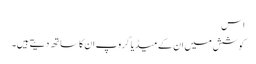
اس
کوشش میں ان کے میڈیا گروپ ان کا ساتھ دیتے ہیں۔